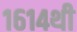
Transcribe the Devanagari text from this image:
१६१४थी